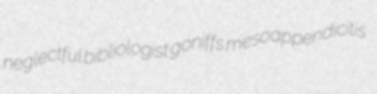
neglectful bibliologist goniffs mesoappendicitis